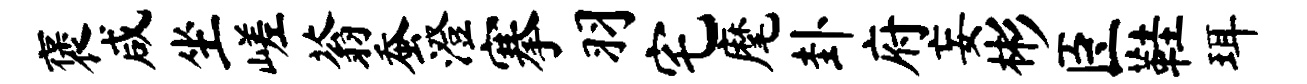
褒咸坐嵯蓊蚕澄搴羽宅麾卦府妄彬臣鞋珥